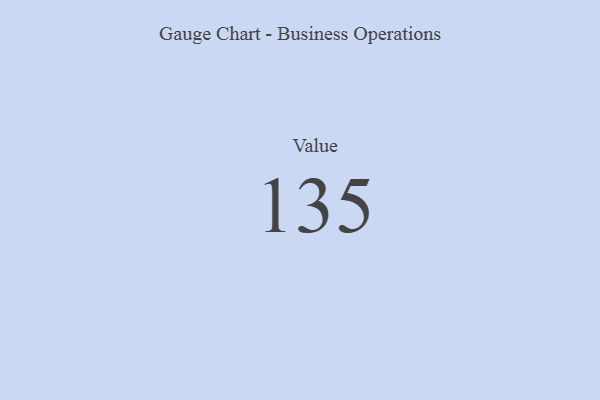
{"axis": {"x": "Metric", "y": "Value"}, "legend": [""], "data": [{"x": "Value", "y": 135, "type": ""}]}